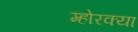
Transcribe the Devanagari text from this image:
म्होरक्‍या